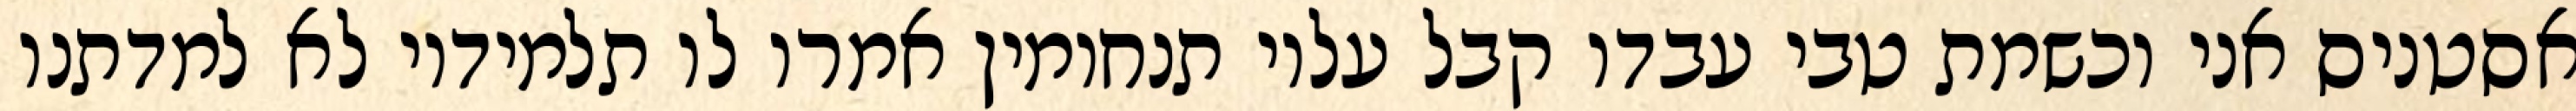
אסטניס אני וכשמת טבי עבדו קבל עליו תנחומין אמרו לו תלמידיו לא למדתנו